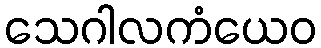
သေဂါလကံယေဝ